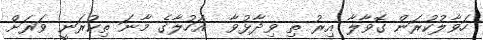
ހަވާލުކުރަން ގޮވާލާ އިރު ތި ވިދާޅުވާ  އަހުލާގެ މާނަ ތިކުރަނީ ވަރަށް